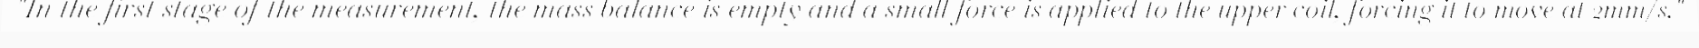
"In the first stage of the measurement, the mass balance is empty and a small force is applied to the upper coil, forcing it to move at 2mm/s."